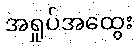
အရှုပ်အထွေး